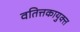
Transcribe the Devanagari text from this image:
वतित्तकायुक्त